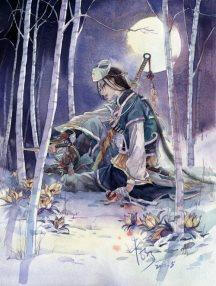
夜来幽梦忽还乡，小轩窗，正梳妆。相顾无言，惟有泪千行。